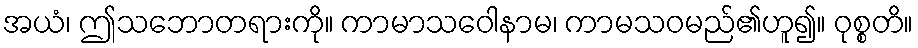
အယံ၊ ဤသဘောတရားကို။ ကာမာသဝေါနာမ၊ ကာမသဝမည်၏ဟူ၍။ ဝုစ္စတိ။